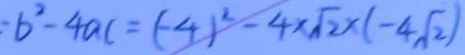
= b ^ { 2 } - 4 a c = ( - 4 ) ^ { 2 } - 4 \times \sqrt { 2 } \times ( - 4 \sqrt { 2 } )